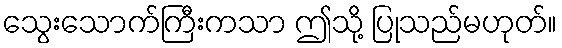
သွေးသောက်ကြီးကသာ ဤသို့ ပြုသည်မဟုတ်။